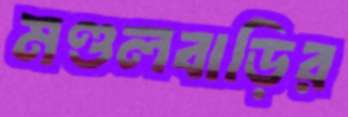
মণ্ডলবাড়ির